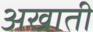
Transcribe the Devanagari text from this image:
अखाती